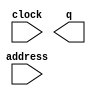
// megafunction wizard: %ROM: 1-PORT%VBB%
// GENERATION: STANDARD
// VERSION: WM1.0
// MODULE: altsyncram 

// ============================================================
// Megafunction Name(s):
// 			altsyncram
//
// Simulation Library Files(s):
// 			altera_mf
// ============================================================
// ************************************************************
// THIS IS A WIZARD-GENERATED FILE. DO NOT EDIT THIS FILE!
//
// 19.1.0 Build 670 09/22/2019 SJ Lite Edition
// ************************************************************

//Copyright (C) 2019  Intel Corporation. All rights reserved.
//Your use of Intel Corporation's design tools, logic functions 
//and other software and tools, and any partner logic 
//functions, and any output files from any of the foregoing 
//(including device programming or simulation files), and any 
//associated documentation or information are expressly subject 
//to the terms and conditions of the Intel Program License 
//Subscription Agreement, the Intel Quartus Prime License Agreement,
//the Intel FPGA IP License Agreement, or other applicable license
//agreement, including, without limitation, that your use is for
//the sole purpose of programming logic devices manufactured by
//Intel and sold by Intel or its authorized distributors.  Please
//refer to the applicable agreement for further details, at
//https://fpgasoftware.intel.com/eula.

module rom_ip (
	address,
	clock,
	q);

	input	[11:0]  address;
	input	  clock;
	output	[31:0]  q;
`ifndef ALTERA_RESERVED_QIS
// synopsys translate_off
`endif
	tri1	  clock;
`ifndef ALTERA_RESERVED_QIS
// synopsys translate_on
`endif

endmodule

// ============================================================
// CNX file retrieval info
// ============================================================
// Retrieval info: PRIVATE: ADDRESSSTALL_A NUMERIC "0"
// Retrieval info: PRIVATE: AclrAddr NUMERIC "0"
// Retrieval info: PRIVATE: AclrByte NUMERIC "0"
// Retrieval info: PRIVATE: AclrOutput NUMERIC "0"
// Retrieval info: PRIVATE: BYTE_ENABLE NUMERIC "0"
// Retrieval info: PRIVATE: BYTE_SIZE NUMERIC "8"
// Retrieval info: PRIVATE: BlankMemory NUMERIC "0"
// Retrieval info: PRIVATE: CLOCK_ENABLE_INPUT_A NUMERIC "0"
// Retrieval info: PRIVATE: CLOCK_ENABLE_OUTPUT_A NUMERIC "0"
// Retrieval info: PRIVATE: Clken NUMERIC "0"
// Retrieval info: PRIVATE: IMPLEMENT_IN_LES NUMERIC "0"
// Retrieval info: PRIVATE: INIT_FILE_LAYOUT STRING "PORT_A"
// Retrieval info: PRIVATE: INIT_TO_SIM_X NUMERIC "0"
// Retrieval info: PRIVATE: INTENDED_DEVICE_FAMILY STRING "Cyclone IV E"
// Retrieval info: PRIVATE: JTAG_ENABLED NUMERIC "1"
// Retrieval info: PRIVATE: JTAG_ID STRING "IROM"
// Retrieval info: PRIVATE: MAXIMUM_DEPTH NUMERIC "0"
// Retrieval info: PRIVATE: MIFfilename STRING "D:/fpga/a216/simulation/modelsim/test_1.hex"
// Retrieval info: PRIVATE: NUMWORDS_A NUMERIC "4096"
// Retrieval info: PRIVATE: RAM_BLOCK_TYPE NUMERIC "0"
// Retrieval info: PRIVATE: RegAddr NUMERIC "1"
// Retrieval info: PRIVATE: RegOutput NUMERIC "0"
// Retrieval info: PRIVATE: SYNTH_WRAPPER_GEN_POSTFIX STRING "0"
// Retrieval info: PRIVATE: SingleClock NUMERIC "1"
// Retrieval info: PRIVATE: UseDQRAM NUMERIC "0"
// Retrieval info: PRIVATE: WidthAddr NUMERIC "12"
// Retrieval info: PRIVATE: WidthData NUMERIC "32"
// Retrieval info: PRIVATE: rden NUMERIC "0"
// Retrieval info: LIBRARY: altera_mf altera_mf.altera_mf_components.all
// Retrieval info: CONSTANT: ADDRESS_ACLR_A STRING "NONE"
// Retrieval info: CONSTANT: CLOCK_ENABLE_INPUT_A STRING "BYPASS"
// Retrieval info: CONSTANT: CLOCK_ENABLE_OUTPUT_A STRING "BYPASS"
// Retrieval info: CONSTANT: INIT_FILE STRING "D:/fpga/a216/simulation/modelsim/test_1.hex"
// Retrieval info: CONSTANT: INTENDED_DEVICE_FAMILY STRING "Cyclone IV E"
// Retrieval info: CONSTANT: LPM_HINT STRING "ENABLE_RUNTIME_MOD=YES,INSTANCE_NAME=IROM"
// Retrieval info: CONSTANT: LPM_TYPE STRING "altsyncram"
// Retrieval info: CONSTANT: NUMWORDS_A NUMERIC "4096"
// Retrieval info: CONSTANT: OPERATION_MODE STRING "ROM"
// Retrieval info: CONSTANT: OUTDATA_ACLR_A STRING "NONE"
// Retrieval info: CONSTANT: OUTDATA_REG_A STRING "UNREGISTERED"
// Retrieval info: CONSTANT: WIDTHAD_A NUMERIC "12"
// Retrieval info: CONSTANT: WIDTH_A NUMERIC "32"
// Retrieval info: CONSTANT: WIDTH_BYTEENA_A NUMERIC "1"
// Retrieval info: USED_PORT: address 0 0 12 0 INPUT NODEFVAL "address[11..0]"
// Retrieval info: USED_PORT: clock 0 0 0 0 INPUT VCC "clock"
// Retrieval info: USED_PORT: q 0 0 32 0 OUTPUT NODEFVAL "q[31..0]"
// Retrieval info: CONNECT: @address_a 0 0 12 0 address 0 0 12 0
// Retrieval info: CONNECT: @clock0 0 0 0 0 clock 0 0 0 0
// Retrieval info: CONNECT: q 0 0 32 0 @q_a 0 0 32 0
// Retrieval info: GEN_FILE: TYPE_NORMAL rom_ip.v TRUE
// Retrieval info: GEN_FILE: TYPE_NORMAL rom_ip.inc FALSE
// Retrieval info: GEN_FILE: TYPE_NORMAL rom_ip.cmp FALSE
// Retrieval info: GEN_FILE: TYPE_NORMAL rom_ip.bsf FALSE
// Retrieval info: GEN_FILE: TYPE_NORMAL rom_ip_inst.v FALSE
// Retrieval info: GEN_FILE: TYPE_NORMAL rom_ip_bb.v TRUE
// Retrieval info: LIB_FILE: altera_mf